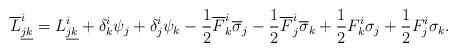
LaTeX: \begin{align*} \overline L^i_{\underline{jk}}= L^i_{\underline{jk}}+\delta^i_k\psi_j+\delta^i_j\psi_k- \frac12\overline F^i_k\overline\sigma_j- \frac12\overline F^i_j\overline\sigma_k+ \frac12F^i_k\sigma_j+\frac12F^i_j\sigma_k. \end{align*}